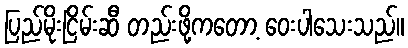
ပြည်မိုးငြိမ်းဆီ တည်းဖို့ကတော့ ဝေးပါသေးသည်။